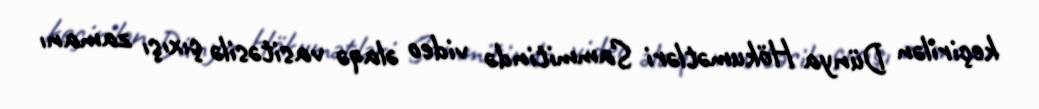
keçirilən Dünya Hökumətləri Sammitində video əlaqə vasitəsilə çıxışı zamanı